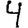
Digit: 4